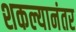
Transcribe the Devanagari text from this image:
शकल्यानंतर